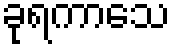
ခုရကာသေ